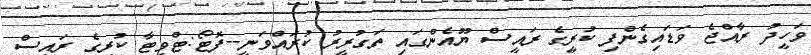
ވަހީދު ރާއްޖެ ވަޑައިގެންފި ކުރީގެ ރައީސް ޔޫއެންގައި ތަގުރީރު ކުރައްވަނީ--ފޮޓޯ:ޓްވިޓާ ކުރީގެ ރައީސް